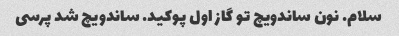
سلام. نون ساندویچ تو گاز اول پوکید. ساندویچ شد پرسی